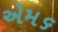
એમ૬